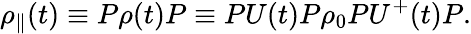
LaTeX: {\rho}_{\parallel}(t)\equiv P\rho(t)P\equiv PU(t)P{\rho}_{0}PU^{+}(t)P.